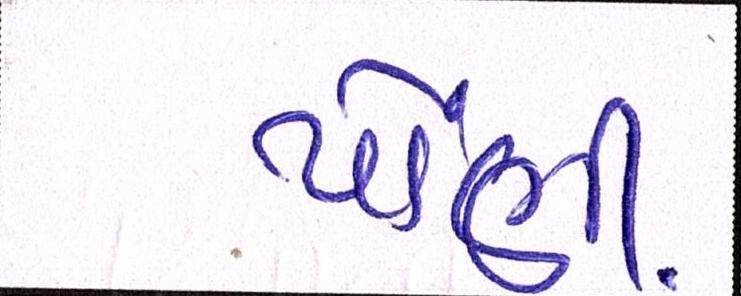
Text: પોંણી